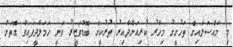
މި މައްސަލައިގެ ތަހުގީގު މިހާރު ކުރިއަށްދާއިރު ތުރުކީގެ ބޮޑުވަޒީރު ވަނީ ހަމަލާދީފައިވާ ގޮތަށް